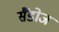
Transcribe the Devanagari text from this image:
सैंडोज